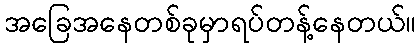
အခြေအနေတစ်ခုမှာရပ်တန့်နေတယ်။